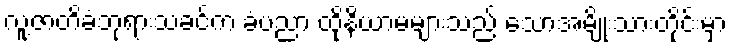
လူ့ဇာတိခံဘုရားသခင်က ခံပညာ ထိုနိယာမများသည် သောအမျိုးသားတိုင်းမှာ